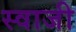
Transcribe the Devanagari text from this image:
स्वाजी